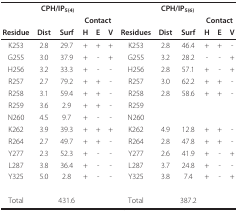
<table><thead><tr><td colspan="6"><b>CPH/IP<sub>5(4)</sub></b></td><td colspan="6"><b>CPH/IP<sub>5(6)</sub></b></td></tr><tr><td></td><td></td><td></td><td colspan="3"><b>Contact</b></td><td></td><td></td><td></td><td colspan="3"><b>Contact</b></td></tr><tr><td><b>Residue</b></td><td><b>Dist</b></td><td><b>Surf</b></td><td><b>H</b></td><td><b>E</b></td><td><b>V</b></td><td><b>Residues</b></td><td><b>Dist</b></td><td><b>Surf</b></td><td><b>H</b></td><td><b>E</b></td><td><b>V</b></td></tr></thead><tbody><tr><td>K253</td><td>2.8</td><td>29.7</td><td>+</td><td>+</td><td>+</td><td>K253</td><td>2.8</td><td>46.4</td><td>+</td><td>+</td><td>-</td></tr><tr><td>G255</td><td>3.0</td><td>37.9</td><td>+</td><td>-</td><td>+</td><td>G255</td><td>3.2</td><td>28.2</td><td>-</td><td>-</td><td>+</td></tr><tr><td>H256</td><td>3.2</td><td>33.3</td><td>+</td><td>-</td><td>-</td><td>H256</td><td>2.8</td><td>57.1</td><td>+</td><td>-</td><td>+</td></tr><tr><td>R257</td><td>2.7</td><td>79.2</td><td>+</td><td>+</td><td>-</td><td>R257</td><td>3.0</td><td>62.2</td><td>+</td><td>+</td><td>-</td></tr><tr><td>R258</td><td>3.1</td><td>59.4</td><td>+</td><td>+</td><td>-</td><td>R258</td><td>2.8</td><td>58.6</td><td>+</td><td>+</td><td>-</td></tr><tr><td>R259</td><td>3.6</td><td>2.9</td><td>+</td><td>+</td><td>-</td><td>R259</td><td></td><td></td><td></td><td></td><td></td></tr><tr><td>N260</td><td>4.5</td><td>9.7</td><td>+</td><td>-</td><td>-</td><td>N260</td><td></td><td></td><td></td><td></td><td></td></tr><tr><td>K262</td><td>3.9</td><td>39.3</td><td>+</td><td>+</td><td>+</td><td>K262</td><td>4.9</td><td>12.8</td><td>+</td><td>+</td><td>-</td></tr><tr><td>R264</td><td>2.7</td><td>49.7</td><td>+</td><td>+</td><td>-</td><td>R264</td><td>2.8</td><td>47.8</td><td>+</td><td>+</td><td>-</td></tr><tr><td>Y277</td><td>2.3</td><td>52.3</td><td>+</td><td>-</td><td>-</td><td>Y277</td><td>2.6</td><td>41.9</td><td>+</td><td>-</td><td>+</td></tr><tr><td>L287</td><td>3.8</td><td>36.4</td><td>+</td><td>-</td><td>-</td><td>L287</td><td>3.7</td><td>24.8</td><td>+</td><td>-</td><td>-</td></tr><tr><td>Y325</td><td>5.0</td><td>2.8</td><td>+</td><td>-</td><td>-</td><td>Y325</td><td>3.8</td><td>7.4</td><td>+</td><td>-</td><td>+</td></tr><tr><td>Total</td><td></td><td>431.6</td><td></td><td></td><td></td><td>Total</td><td></td><td>387.2</td><td></td><td></td><td></td></tr></tbody></table>